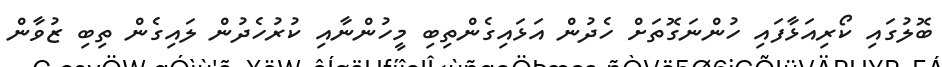
ބޮލުގައި ކޯރިއަޅާފައި ހުންނަގޮތަށް ހެދުން އަޅައިގެންތިބި މީހުންނާއި ކުރުހެދުން ލައިގެން ތިބި ޒުވާން